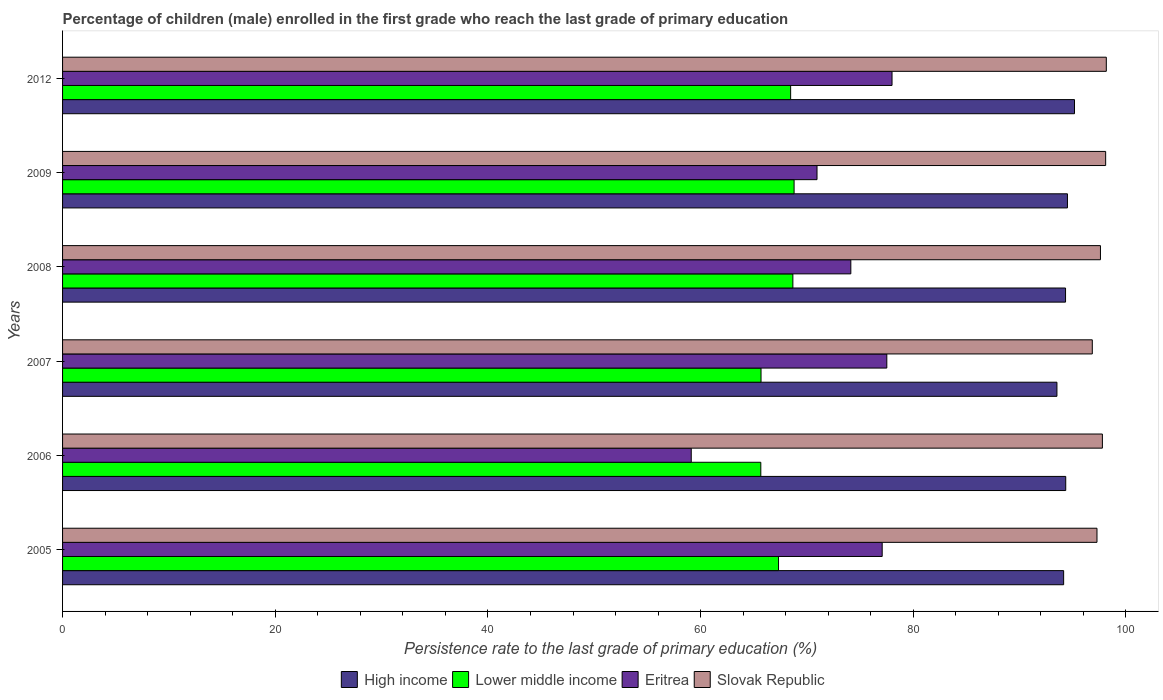
| Years | High income | Lower middle income | Eritrea | Slovak Republic |
 | --- | --- | --- | --- | --- |
 | 2005 | 94.1 | 67.3 | 77.1 | 97.3 |
 | 2006 | 94.3 | 65.7 | 59.1 | 97.8 |
 | 2007 | 93.5 | 65.7 | 77.5 | 96.8 |
 | 2008 | 94.3 | 68.7 | 74.1 | 97.6 |
 | 2009 | 94.5 | 68.8 | 70.9 | 98.1 |
 | 2012 | 95.2 | 68.5 | 78 | 98.2 |